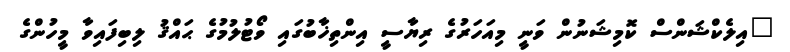
"އިލެކްޝަންސް ކޮމިޝަނުން ވަނީ މިއަހަރުގެ ރިޔާސީ އިންތިޚާބުގައި ވޯޓުލުމުގެ ޙައްޤު ލިބިފައިވާ މީހުންގެ